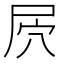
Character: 屄